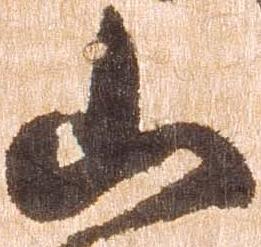
山